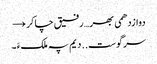
دوازدھمی بھر… رفیق چاکر →
سرگوست .. دیم پہ ملکءَ ۔